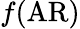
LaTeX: f(\textrm{AR})